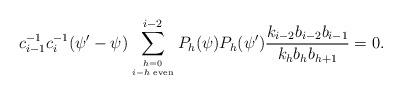
LaTeX: \begin{align*} c_{i-1}^{-1} c_i^{-1} (\psi' - \psi) \sum_{{h=0}\atop{ i-h {\tiny \mbox{ even}}}}^{i-2} P_{h}(\psi) P_{h}(\psi')\frac{k_{i-2}b_{i-2}b_{i-1}}{k_{h}b_{h}b_{h+1}}=0.\end{align*}